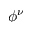
\phi ^ { \nu }